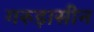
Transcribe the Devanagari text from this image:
गरुड़ासीन